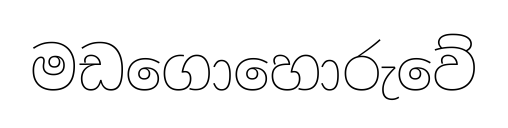
මඩගොහොරුවේ